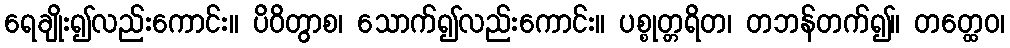
ရေချိုး၍လည်းကောင်း။ ပိဝိတွာစ၊ သောက်၍လည်းကောင်း။ ပစ္စုတ္တရိတ၊ တဘန်တက်၍။ တတ္ထေဝ၊